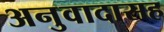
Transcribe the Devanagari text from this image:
अनुवादासह